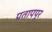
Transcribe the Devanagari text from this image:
प्रतापपूर